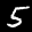
Label: 5